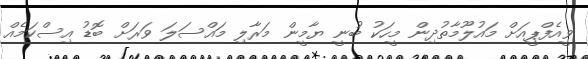
ވީއެފްޕީއަށް މަައުލޫމާތުދިން މީހަކު ބުނީ ޔާމީން މަރާލި މައްސަލަ ވަރަށް ބޮޑު އިސްކަމެއް